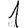
Digit: 1